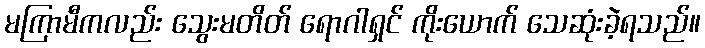
မကြာမီကလည်း သွေးမတိတ် ရောဂါရှင် ကိုးယောက် သေဆုံးခဲ့ရသည်။